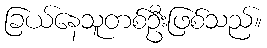
ခြယ်နေသူတစ်ဦးဖြစ်သည်။